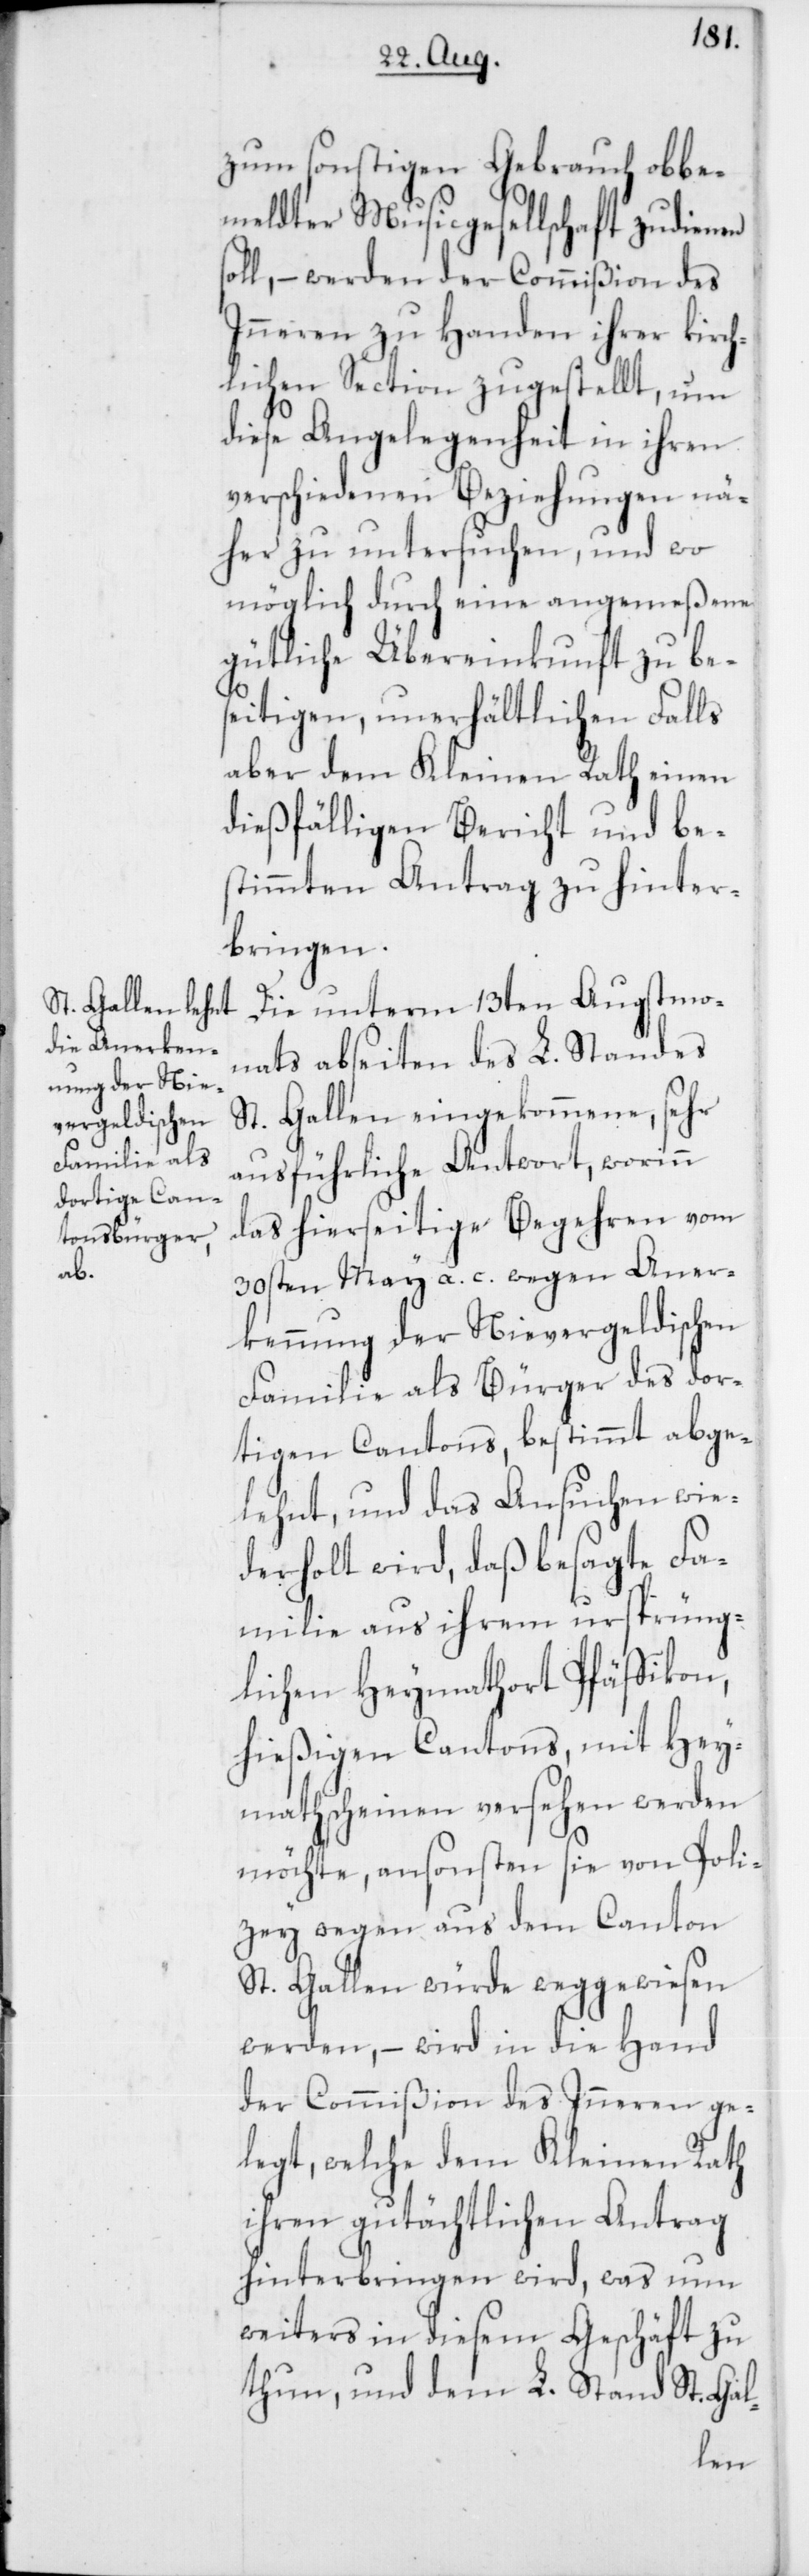
en s¬

zum sonstigen Gebrauch obbe¬
meldter Musicgesellschaft zudien¬
oll, – werden der Commißion des
Inneren zu Handen ihrer kirc¬
hlichen Section zugestellt, um
diese Angelegenheit in ihren
verschiedenen Beziehungen nä¬
her zu untersuchen, und wo
möglich durch eine angemeßene
gütliche Übereinkunft zu bes¬
eitigen, unerhältlichen Falls
aber dem Kleinen Rath einen
dießfälligen Bericht und be¬
stimmten Antrag zu hinter¬
bringen.
Die unterm 13ten Augstmo¬
nats abseiten des L. Standes
St. Gallen eingekommene, sehr
ausführliche Antwort, worinn
das hierseitige Begehren vom
30sten May a. c. wegen Aner¬
kennung der Nievergeldischen
Familie als Bürger des dor¬
tigen Cantons, bestimmt abge¬
lehnt, und das Ansuchen wie¬
derholt wird, daß besagte Fa¬
milie aus ihrem ursprüng¬
lichen Heymathort Pfäffikon,
hießigen Cantons, mit Hey¬
mathscheinen versehen werden
möchte, ansonsten sie von Poli¬
zey wegen aus dem Canton
St. Gallen würde weggewiesen
werden, – wird in die Hand
der Commißion des Inneren ge¬
legt, welche dem Kleinen Rath
ihren gutächtlichen Antrag
hinterbringen wird, was nun
weiters in diesem Geschäft zu
thun, und dem L. Stand St. Gal-